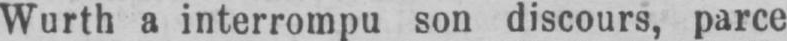
Wurth a interrompu son discours, parce